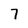
Character: 7